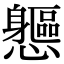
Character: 𨊘